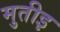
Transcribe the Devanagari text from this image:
मुतीइ